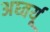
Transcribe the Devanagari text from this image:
अघ्वर्यू